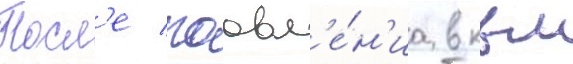
Посл'е поавл'е́н'иа в квм